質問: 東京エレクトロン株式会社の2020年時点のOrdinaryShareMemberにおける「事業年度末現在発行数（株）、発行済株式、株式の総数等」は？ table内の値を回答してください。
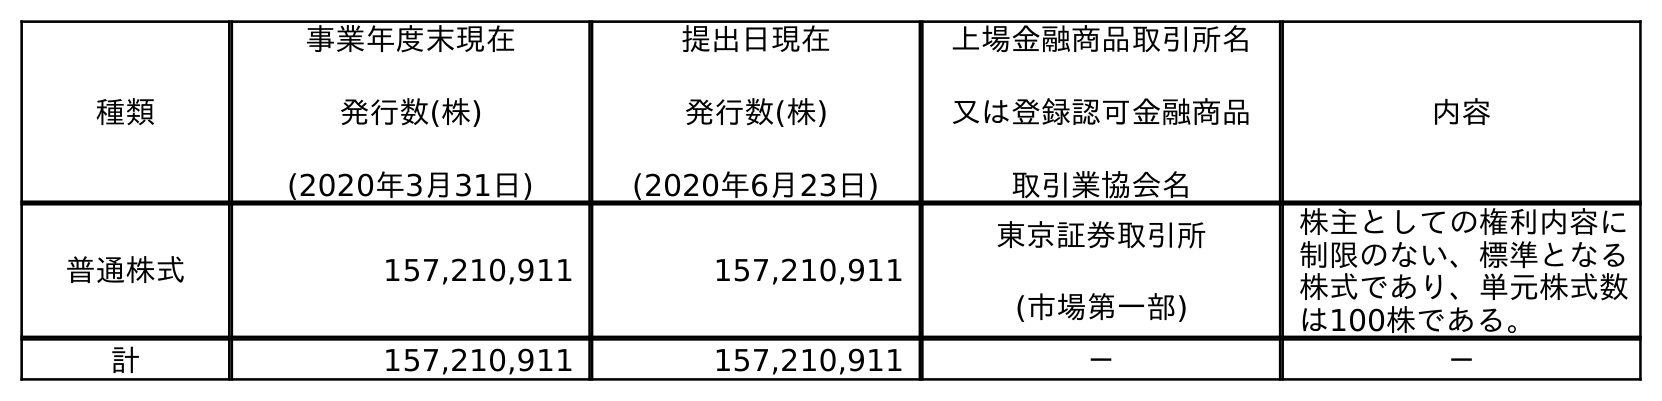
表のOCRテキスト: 種類 事業年度末現在 発行数(株) (2020年3月31日) 提出日現在 発行数(株) (2020年6月23日) 上場金融商品取引所名 又は登録認可金融商品 取引業協会名 内容 普通株式 157,210,911 157,210,911 東京証券取引所 (市場第一部) 株主としての権利内容に 制限のない、標準となる 株式であり、単元株式数 は100株である。 計 157,210,911 157,210,911 － －
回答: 157,210,911